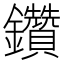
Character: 鑽